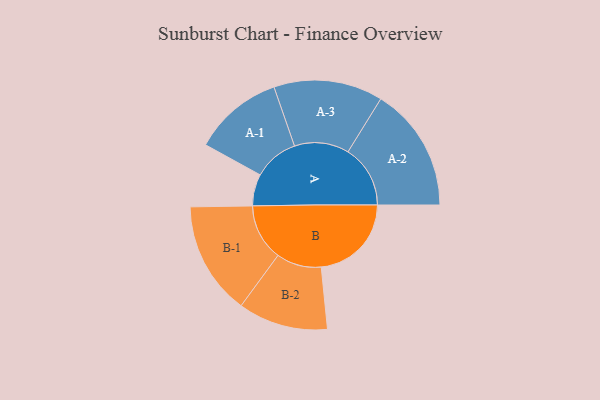
{"axis": {"x": "Segment", "y": "Value"}, "legend": ["", "A", "B"], "data": [{"x": "A", "y": 139, "type": ""}, {"x": "B", "y": 395, "type": ""}, {"x": "A-1", "y": 197, "type": "A"}, {"x": "A-2", "y": 273, "type": "A"}, {"x": "A-3", "y": 239, "type": "A"}, {"x": "B-1", "y": 248, "type": "B"}, {"x": "B-2", "y": 197, "type": "B"}]}